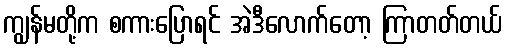
ကျွန်မတို့က စကားပြောရင် အဲဒီလောက်တော့ ကြာတတ်တယ်